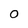
Character: O